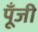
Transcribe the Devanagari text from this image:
पूॅंजी